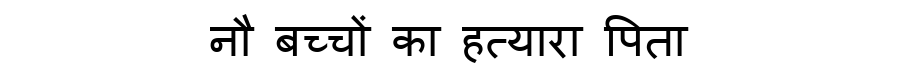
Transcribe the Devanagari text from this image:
नौ बच्चों का हत्यारा पिता